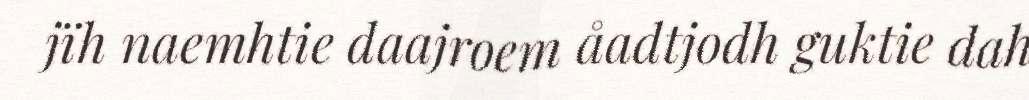
jïh naemhtie daajroem åadtjodh guktie dah